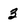
Character: 3